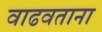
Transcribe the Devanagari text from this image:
वाढवताना